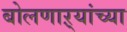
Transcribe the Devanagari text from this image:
बोलणाऱ्यांच्या